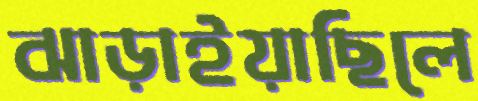
ঝাড়াইয়াছিলে